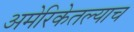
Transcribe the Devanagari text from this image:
अमेरिकेतल्याच